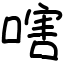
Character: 嗐